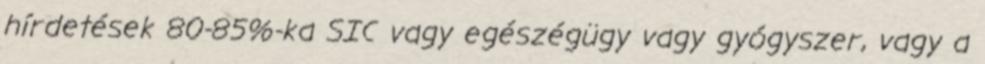
hírdetések 80-85%-ka SIC vagy egészégügy vagy gyógyszer, vagy a